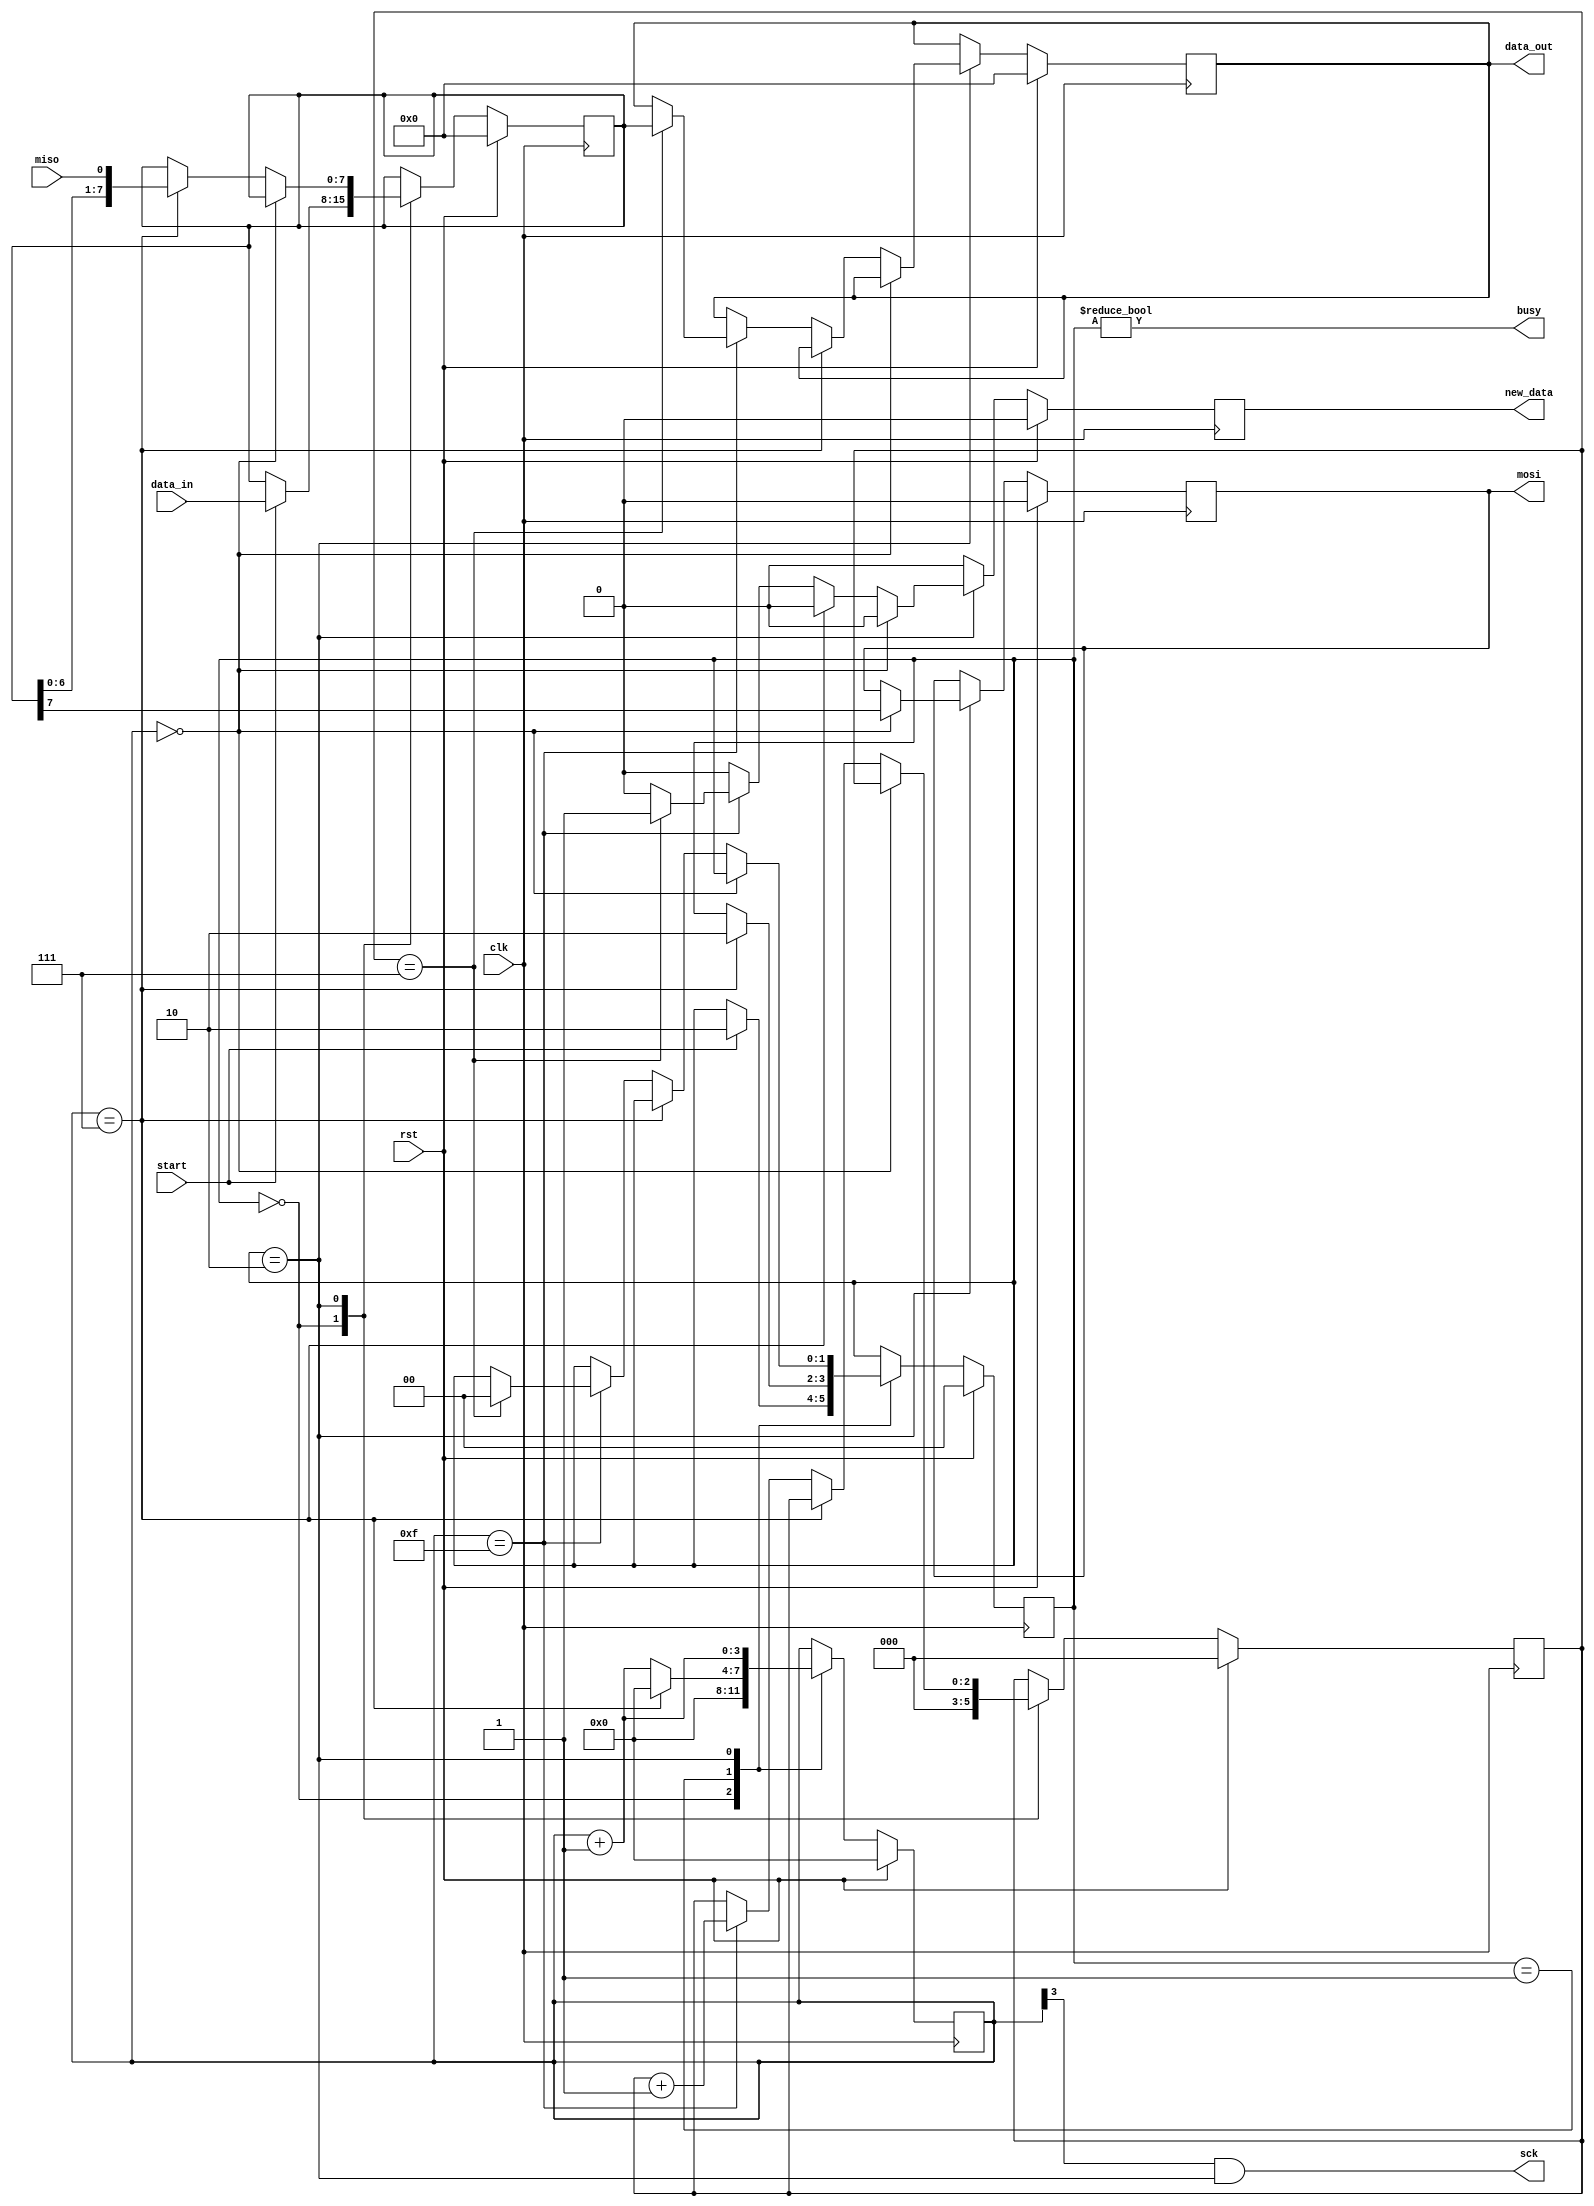
module SPI #(parameter CLK_DIV = 4)( // clk_div = 4 on hardware, 2 for simulator
    input clk,
    input rst,
    input miso,
    output mosi,
    output sck,
    input start, // Set to 1 when you want to start communicating
    input[7:0] data_in,
    output[7:0] data_out,
    output busy, // Busy flag while communicating
    output new_data // There is new, valid data to read
  );
   
  localparam STATE_SIZE = 2;
  localparam IDLE = 2'd0,
    WAIT_HALF = 2'd1,
    TRANSFER = 2'd2;
   
  reg [STATE_SIZE-1:0] state_d, state_q;
   
  reg [7:0] data_d, data_q;
  reg [CLK_DIV-1:0] sck_d, sck_q;
  reg mosi_d, mosi_q;
  reg [2:0] ctr_d, ctr_q; // Bit counter
  reg new_data_d, new_data_q;
  reg [7:0] data_out_d, data_out_q;
   
  assign mosi = mosi_q;
  assign sck = (sck_q[CLK_DIV-1]) & (state_q == TRANSFER); // change to ~sck_q... for falling edge latching
  assign busy = state_q != IDLE;
  assign data_out = data_out_q;
  assign new_data = new_data_q;
   
  always @(*) begin
    sck_d = sck_q;
    data_d = data_q;
    mosi_d = mosi_q;
    ctr_d = ctr_q;
    new_data_d = 1'b0;
    data_out_d = data_out_q;
    state_d = state_q;
     
    case (state_q)
      IDLE: begin
        sck_d = 4'b0;              // reset clock counter
        ctr_d = 3'b0;              // reset bit counter
        if (start == 1'b1) begin   // if start command
          data_d = data_in;        // copy data to send
          //state_d = WAIT_HALF;     // change state
			 state_d = TRANSFER;			// we don't need to wait 1/2 clock if we're doing rising edge
        end
      end
      WAIT_HALF: begin
        sck_d = sck_q + 1'b1;                  // increment clock counter
        if (sck_q == {CLK_DIV-1{1'b1}}) begin  // if clock is half full (about to fall)
          sck_d = 1'b0;                        // reset to 0
          state_d = TRANSFER;                  // change state
        end
      end
      TRANSFER: begin
        sck_d = sck_q + 1'b1;                           // increment clock counter
        if (sck_q == 4'b0000) begin                     // if clock counter is 0
          mosi_d = data_q[7];                           // output the MSB of data
        end else if (sck_q == {CLK_DIV-1{1'b1}}) begin  // else if it's half full
          data_d = {data_q[6:0], miso};                 // read in data (shift in/left)
        end else if (sck_q == {CLK_DIV{1'b1}}) begin    // else if it's full
          ctr_d = ctr_q + 1'b1;                         // increment bit counter
          if (ctr_q == 3'b111) begin                    // if we are on the last bit
            state_d = IDLE;                             // change state
            data_out_d = data_q;                        // output data
            new_data_d = 1'b1;                          // signal data is valid
          end
        end
      end
    endcase
  end
   
  always @(posedge clk) begin
    if (rst) begin
      ctr_q <= 3'b0;
      data_q <= 8'b0;
      sck_q <= 4'b0;
      mosi_q <= 1'b0;
      state_q <= IDLE;
      data_out_q <= 8'b0;
      new_data_q <= 1'b0;
    end else begin
      ctr_q <= ctr_d;
      data_q <= data_d;
      sck_q <= sck_d;
      mosi_q <= mosi_d;
      state_q <= state_d;
      data_out_q <= data_out_d;
      new_data_q <= new_data_d;
    end
  end
   
endmodule